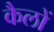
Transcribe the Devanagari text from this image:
कैलों